Report on vaccination in Madras 1904-1921 - 1904-1921
Year: 1904
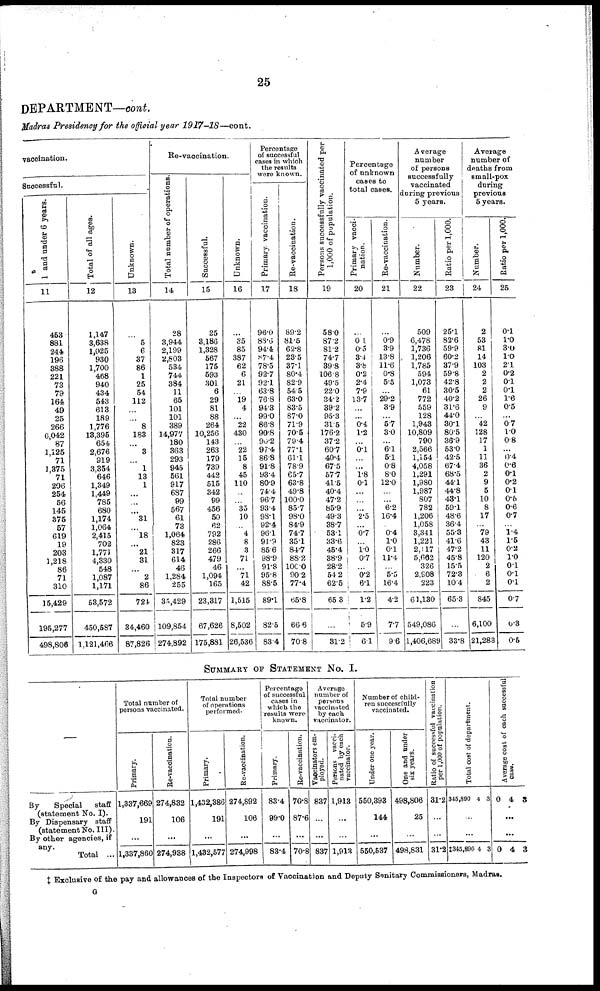
25
DEPARTMENT—cont.
Madras Presidency for the official year
1917-18—cont.
vaccination.
Successful.
1 and under 6 years.
11
453
881
244
196
388
221
73
79
164
49
25
266
6,042
87
1,125
71
1,375
71
206
254
56
145
375
57
619
19
203
1,218
86
71
310
15,429
195,277
498,806
Total of all ages.
12
1,147
3,638
1,025
930
1,700
468
940
434
543
613
189
1,776
13,395
654
2,676
919
3,354
646
1,349
1,449
785
680
1,174
1,064
2,415
702
1,771
4,330
548
1,087
1,171
53,572
450,587
1,121,466
Unknown.
13
...
5
6
37
86
1
25
54
112
...
...
8
183
...
3
...
1
13
1
...
...
...
31
...
18
...
21
31
...
2
86
724
34,460
87,826
Re-vaccination.
Total number of operations.
14
28
3,944
2,199
2,803
534
744
384
11
65
101
101
389
14,977
180
363
293
945
561
917
687
99
567
61
73
1,064
823
317
614
46
1,284
255
35,429
109,854
274,892
Successful.
15
25
3,186
1,328
567
175
593
301
6
29
81
88
264
10,256
143
263
179
739
442
515
342
99
456
50
62
792
286
266
479
46
1,094
165
23,317
67,626
175,881
Unknown.
16
...
35
85
387
62
6
21
...
19
4
...
22
430
...
22
15
8
45
110
...
...
35
10
...
4
8
3
71
... 71
42
1,515
8,502
26,536
Percentage
of successful
cases in which
the results
were known.
Primary vaccination.
17
96.0
83.6
94.4
87.4
78.5
92.7
92.1
63.8
76.8
94.3
99.0
86.8
90.8
90.2
97.4
86.8
91.8
93.4
80.9
74.4
96.7
93.4
93.1
92.4
96.1
91.9
85.6
98.9
91.8
95.8
88.5
89.1
82.5
83.4
Re-vaccination.
18
89.2
81.5
62.8
23.5
37.1
80.4
82.9
54.5
63.0
83.5
87.0
71.9
70.5
79.4
77.1
61.1
78.9
65.7
63.8
49.8
100.0
85.7
98.0
84.9
74.7
35.1
84.7
88.2
100.0
90.2
77.4
65.8
66.6
70.8
Persons successfully vaccinated per
1,000 of population.
19
58.0
87.2
81.2
74.7
39.8
106.8
49.5
22.0
34.2
39.2
95.3
31.5
176.2
37.2
60.7
40.4
67.5
57.7
41.5
40.4
47.2
85.9
49.3
38.7
53.1
33.6
45.4
38.9
28.2
54.2
62.5
65.3
...
31.2
Percentage
of unknown
cases to
total cases.
Primary vacci-
nation.
20
...
0.1
0.5
3.4
3.8
0.2
2.4
7.9
13.7
...
... 0.4
1.2
...
0.1
...
...
1.8
0.1
...
...
... 2.5
...
0.7
... 1.0
0.7
...
0.2
6.1
1.2
5.9
6.1
Re-vaccination.
21
...
0.9
3.9
13.8
11.6
0.8
5.5
...
29.2
3.9
... 5.7
3.0
... 6.1
5.1
0.8
8.0
12.0
...
... 6.2
16.4
...
0.4
1.0
0.1
11.4
...
5.5
16.4
4.2
7.7
9.6
Average
number
of persons
successfully
vaccinated
during previous
5 years.
Number.
22
509
6,478
1,736
1,206
1,785
594
1,073
61
772
559
128
1,943
10,809
790
2,566
1,154
4,058
1,291
1,980
1,987
807
782
1,206
1,058
3,341
1,221
2,117
5,662
326
2,908
223
61,130
549,086
1,406,689
Ratio per 1,000.
23
25.1
82.6
59.9
60.2
37.9
59.8
42.8
30.5
40.2
31.6
44.0
30.1
80.5
36.9
53.0
42.5
67.4
68.5
44.1
44.8
43.1
59.1
48.6
36.4
55.3
41.6
47.2
45.8
15.5
72.3
10.4
65.3
...
33.8
Average
number of
deaths from
small-pox
during
previous
5 years.
Number.
24
2
53
81
14
103
2
2
2
26
9
...
42
128
17
1
11
36
2
9
5
10
8
17
...
79
43
11
120
2
6
2
845
6,100
21,283
Ratio per 1,000.
25
0.1
1.0
3.0
1.0
2.1
0.2
0.1
0.1
1.6 0.5
... 0.7
1.0
0.8
...
0.4
0.6
0.1
0.2
0.1
0.5
0.6
0.7
...
1.4
1.5
0.2
1.0
0.1
0.1
0.1
0.7
0.3
0.5
SUMMARY OF STATEMENT No. I.
—
By
Special
staff
(statement No. I).
By Dispensary staff
(statement No. III).
By other agencies, if
any.
Total ...
Total number of
persons vaccinated.
Primary.
1,337,669
191
...
1,337,860
Re-vaccination.
274,832
106
...
274,938
Total number
of operations
performed.
Primary.
1,432,386
191
...
1,432,577
Re-vaccination.
274,892
106
...
274,998
Percentage
of successful
cases in
which the
results were
known.
Primary.
83.4
99.0
...
83.4
Re-vaccination.
70.8
87.6
...
70.8
Average
number of
persons
vaccinated
by each
vaccinator.
Vaccinators em-
ployed.
837
...
...
837
Persons vacci-
nated by each
vaccinator.
1,913
...
...
1,913
Number of child-
ren successfully
vaccinated.
Under one year.
550,393
144
...
550,537
One and under
six years.
498,806
25
...
498,831
Ratio of successful vaccination
per 1,000 of population.
31.2
...
...
31.2
Total cost of de pa r
t
me nt .
345,890 4 3
...
...
‡345,890 4 3
Average cost of each successfu
case.
0 4 3
...
...
0 4 3
‡ Exclusive of the pay and allowances of the Inspectors of Vaccination and Deputy Sanitary Commissioners, Madras.
G